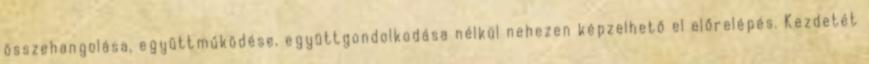
összehangolása, együttműködése, együttgondolkodása nélkül nehezen képzelhető el előrelépés. Kezdetét